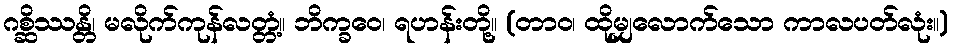
ဂစ္ဆိဿန္တိ၊ မလိုက်ကုန်လတ္တံ့။ ဘိက္ခဝေ၊ ရဟန်းတို့။ (တာဝ၊ ထိုမျှလောက်သော ကာလပတ်လုံး။)